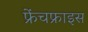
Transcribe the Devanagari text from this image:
फ्रेंचफ्राइस